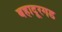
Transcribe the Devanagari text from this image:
बहादूरगड